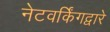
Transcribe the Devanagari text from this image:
नेटवर्किंगद्वारे